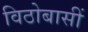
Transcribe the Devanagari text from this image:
विठोबासीं